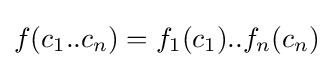
f(c_{1}..c_{n})=f_{1}(c_{1})..f_{n}(c_{n})